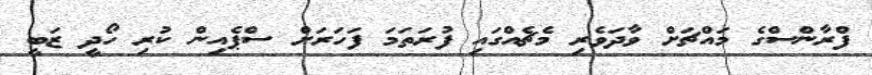
ފްރާންސްގެ މައްޗަށް ވާދަވެރި މެޗެއްގައި ފުރަތަމަ ފަހަރަށް ސްޕެއިން ކުރި ހޯދީ ޒަބީ